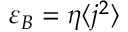
\varepsilon _ { B } = \eta \langle j ^ { 2 } \rangle